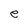
Character: e